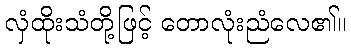
လှံထိုးသံတို့ဖြင့် တောလုံးညံလေ၏။